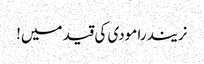
نریندرا مودی کی قید میں!